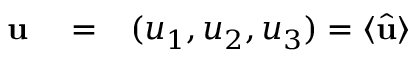
\begin{array} { r l r } { { \bf u } } & { { } = } & { ( u _ { 1 } , u _ { 2 } , u _ { 3 } ) = \langle \hat { \bf u } \rangle } \end{array}